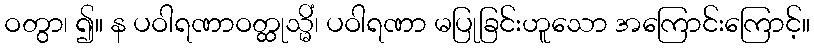
ဝတွာ၊ ၍။ န ပဝါရဏာဝတ္ထုသ္မိံ၊ ပဝါရဏာ မပြုခြင်းဟူသော အကြောင်းကြောင့်။